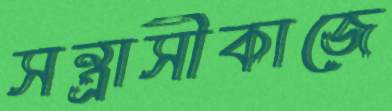
সন্ত্রাসীকাজে